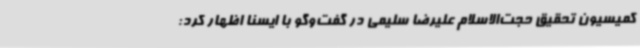
کمیسیون تحقیق حجت‌الاسلام علیرضا سلیمی در گفت‌وگو با ایسنا اظهار کرد: